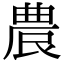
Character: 𭆒